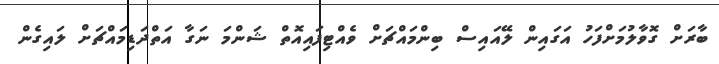
ބާރަށް ގޮވާލުމަށްފަހު އަގައިން ލޭއައިސް ބިންމައްޗަށް ވެއްޓިފައިއޮތް ޝަންމަ ނަގާ އަތްދަޑިމައްޗަށް ލައިގެން